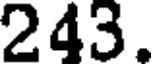
243.